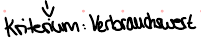
Kriterium: Verbrauchswert